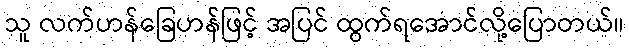
သူ လက်ဟန်ခြေဟန်ဖြင့် အပြင် ထွက်ရအောင်လို့ပြောတယ်။